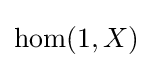
\operatorname {hom} (1,X)